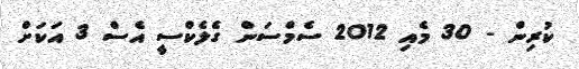
ކުރިން - 30 މެއި 2012 ސެމްސަން ގެލެކްސީ އެސް 3 އަކަށް